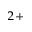
^ { 2 + }